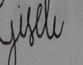
Signature authenticity: forged